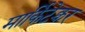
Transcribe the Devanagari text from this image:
मार्किटेक्चर